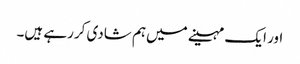
اور ایک مہینے میں‌ہم شادی کررہے ہیں۔